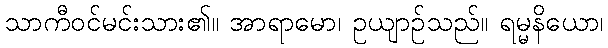
သာကီဝင်မင်းသား၏။ အာရာမော၊ ဥယျာဉ်သည်။ ရမ္မနိယော၊